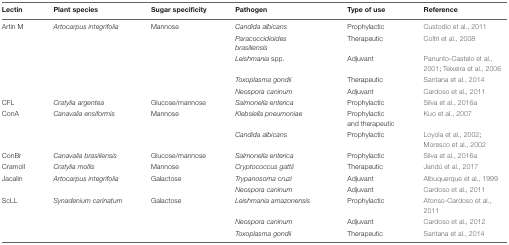
<table><thead><tr><td><b>Lectin</b></td><td><b>Plant species</b></td><td><b>Sugar specificity</b></td><td><b>Pathogen</b></td><td><b>Type of use</b></td><td><b>Reference</b></td></tr></thead><tbody><tr><td>Artin M</td><td><i>Artocarpus integrifolia</i></td><td>Mannose</td><td><i>Candida albicans</i></td><td>Prophylactic</td><td>Custodio et al., 2011</td></tr><tr><td></td><td></td><td></td><td><i>Paracoccidioides brasiliensis</i></td><td>Therapeutic</td><td>Coltri et al., 2008</td></tr><tr><td></td><td></td><td></td><td><i>Leishmania</i> spp.</td><td>Adjuvant</td><td>Panunto-Castelo et al., 2001; Teixeira et al., 2006</td></tr><tr><td></td><td></td><td></td><td><i>Toxoplasma gondii</i></td><td>Therapeutic</td><td>Santana et al., 2014</td></tr><tr><td></td><td></td><td></td><td><i>Neospora caninum</i></td><td>Adjuvant</td><td>Cardoso et al., 2011</td></tr><tr><td>CFL</td><td><i>Cratylia argentea</i></td><td>Glucose/mannose</td><td><i>Salmonella enterica</i></td><td>Prophylactic</td><td>Silva et al., 2016a</td></tr><tr><td>ConA</td><td><i>Canavalia ensiformis</i></td><td>Mannose</td><td><i>Klebsiella pneumoniae</i></td><td>Prophylactic and therapeutic</td><td>Kuo et al., 2007</td></tr><tr><td></td><td></td><td></td><td><i>Candida albicans</i></td><td>Prophylactic</td><td>Loyola et al., 2002; Moresco et al., 2002</td></tr><tr><td>ConBr</td><td><i>Canavalia brasiliensis</i></td><td>Glucose/mannose</td><td><i>Salmonella enterica</i></td><td>Prophylactic</td><td>Silva et al., 2016a</td></tr><tr><td>Cramoll</td><td><i>Cratylia mollis</i></td><td>Mannose</td><td><i>Cryptococcus gattii</i></td><td>Therapeutic</td><td>Jandú et al., 2017</td></tr><tr><td>Jacalin</td><td><i>Artocarpus integrifolia</i></td><td>Galactose</td><td><i>Trypanosoma cruzi</i></td><td>Adjuvant</td><td>Albuquerque et al., 1999</td></tr><tr><td></td><td></td><td></td><td><i>Neospora caninum</i></td><td>Adjuvant</td><td>Cardoso et al., 2011</td></tr><tr><td>ScLL</td><td><i>Synadenium carinatum</i></td><td>Galactose</td><td><i>Leishmania amazonensis</i></td><td>Prophylactic</td><td>Afonso-Cardoso et al., 2011</td></tr><tr><td></td><td></td><td></td><td><i>Neospora caninum</i></td><td>Adjuvant</td><td>Cardoso et al., 2012</td></tr><tr><td></td><td></td><td></td><td><i>Toxoplasma gondii</i></td><td>Therapeutic</td><td>Santana et al., 2014</td></tr></tbody></table>